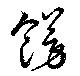
飾